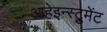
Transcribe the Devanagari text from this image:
आहेइन्स्ट्रुमेंट